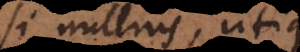
si nullius, utique